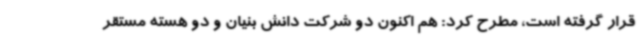
قرار گرفته است، مطرح کرد: هم اکنون دو شرکت دانش بنیان و دو هسته مستقر